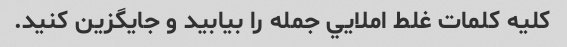
كليه كلمات غلط املايي جمله را بيابيد و جايگزين كنيد.